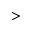
\textgreater